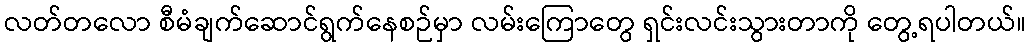
လတ်တလော စီမံချက်ဆောင်ရွက်နေစဉ်မှာ လမ်းကြောတွေ ရှင်းလင်းသွားတာကို တွေ့ရပါတယ်။